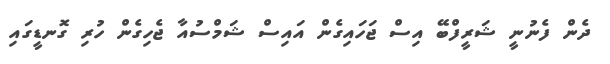
ދެން ފެނުނީ ޝަރީފްބޭ އިސް ޖަހައިގެން އައިސް ޝަމްސުއާ ޖެހިގެން ހުރި ގޮނޑީގައި